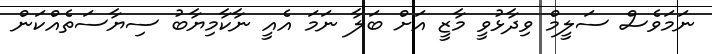
ނަމަވެސް ސަލީމް ވިދާޅުވީ މާޒީ އަށް ބަލާ ނަމަ އެއީ ނާކާމިޔާބު ސިޔާސަތެއްކަން